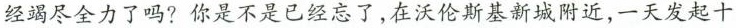
经竭尽全力了吗?你是不是已经忘了，在沃伦斯基新城附近，一天发起十